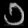
Digit: ၁